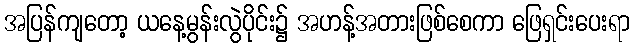
အပြန်ကျတော့ ယနေ့မွန်းလွဲပိုင်း၌ အဟန့်အတားဖြစ်စေကာ ဖြေရှင်းပေးရာ